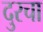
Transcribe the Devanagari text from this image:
दुरचा